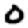
Digit: 0